Subject: eess
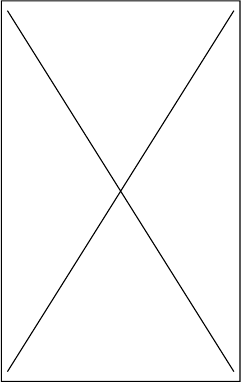
LaTeX code:
\begin{tikzpicture}
\path node (LL) {}
    ++ (0.25\textwidth, 0.25\textheight) node (UR) {}
    (LL -| UR) node (LR) {}
    (LL |- UR) node (UL) {};
\draw (LL) rectangle (UR) (LL) -- (UR) (UL) -- (LR);
\end{tikzpicture}%